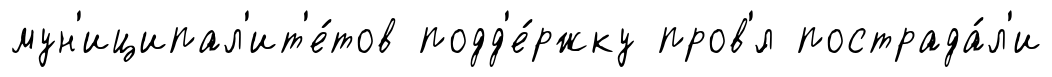
мун'иципал'ит'е́тов подд'е́ржку пров'́л пострада́л'и